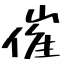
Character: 催